Civil Veterinary Department. United Provinces 1912-22 - 1912-1922
Year: 1912
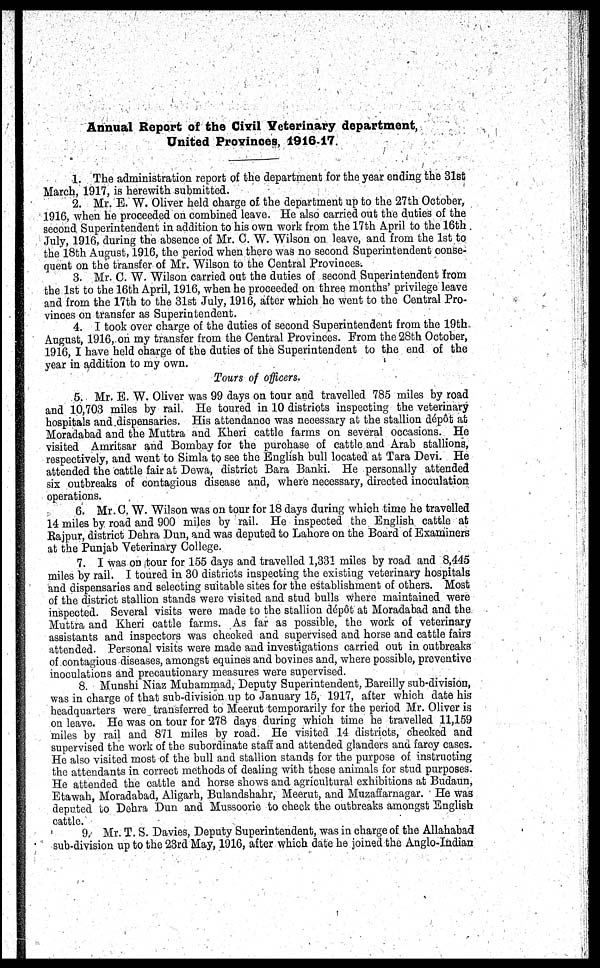
Annual Report of the Civil Veterinary department,
United Provinces, 1916-17.
1. The administration report of the department for the year ending the 31st
March, 1917, is herewith submitted.
2. Mr. E. W. Oliver held charge of the department up to the 27th October,
1916, when he proceeded on combined leave. He also carried out the duties of the
second Superintendent in addition to his own work from the 17th April to the 16th
July, 1916, during the absence of Mr. C. W. Wilson on leave, and from the 1st to
the 18th August, 1916, the period when there was no second Superintendent conse-
quent on the transfer of Mr. Wilson to the Central Provinces.
3. Mr. C. W. Wilson carried out the duties of second Superintendent from
the 1st to the 16th April, 1916, when he proceeded on three months' privilege leave
and from the 17th to the 31st July, 1916, after which he went to the Central Pro-
vinces on transfer as Superintendent.
4. I took over charge of the duties of second Superintendent from the 19th
August, 1916, on my transfer from the Central Provinces. Prom the 28th October,
1916, I have held charge of the duties of the Superintendent to the end of the
year in addition to my own.
Tours of officers.
5. Mr. E. W. Oliver was 99 days on tour and travelled 785 miles by road
and 10,703 miles by rail. He toured in 10 districts inspecting the veterinary
hospitals and dispensaries. His attendance was necessary at the stallion depot at
Moradabad and the Muttra and Kheri cattle farms on several occasions. He
visited Amritsar and Bombay for the purchase of cattle and Arab stallions,
respectively, and went to Simla to see the English bull located at Tara Devi. He
attended the cattle fair at Dewa, district Bara Banki. He personally attended
six outbreaks of contagious disease and, where necessary, directed inoculation
operations.
6. Mr. C. W. Wilson was on tour for 18 days during which time he travelled
14 miles by road and 900 miles by rail. He inspected the English cattle at
Rajpur, district Dehra Dun, and was deputed to Lahore on the Board of Examiners
at the Punjab Veterinary College.
7. I was on tour for 155 days and travelled 1,331 miles by road and 8,445
miles by rail. I toured in 30 districts inspecting the existing veterinary hospitals
and dispensaries and selecting suitable sites for the establishment of others. Most
of the district stallion stands were visited and stud bulls where maintained were
inspected. Several visits were made to the stallion depot at Moradabad and the
Muttra and Kheri cattle farms. As far as possible, the work of veterinary
assistants and inspectors was checked and supervised and horse and cattle fairs
attended. Personal visits were made and investigations carried out in outbreaks
of contagious diseases, amongst equines and bovines and, where possible, preventive
inoculations and precautionary measures were supervised.
8. Munshi Niaz Muhammad, Deputy Superintendent, Bareilly sub-division,
was in charge of that sub-division up to January 15, 1917, after which date his
headquarters were transferred to Meerut temporarily for the period Mr. Oliver is
on leave. He was on tour for 278 days during which time he travelled 11,159
miles by rail and 871 miles by road. He visited 14 districts, checked and
supervised the work of the subordinate staff and attended glanders and farcy cases.
He also visited most of the bull and stallion stands for the purpose of instructing
the attendants in correct methods of dealing with these animals for stud purposes.
He attended the cattle and horse shows and agricultural exhibitions at Budaun,
Etawah, Moradabad, Aligarh, Bulandshahr, Meerut, and Muzaffarnagar. He was
deputed to Dehra Dun and Mussoorie to check the outbreaks amongst English
cattle.
9. Mr. T. S. Davies, Deputy Superintendent, was in charge of the Allahabad
sub-division up to the 23rd May, 1916, after which date he joined the Anglo-Indian